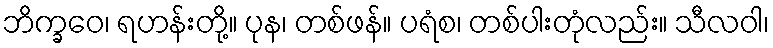
ဘိက္ခဝေ၊ ရဟန်းတို့။ ပုန၊ တစ်ဖန်။ ပရံစ၊ တစ်ပါးတုံလည်း။ သီလဝါ၊